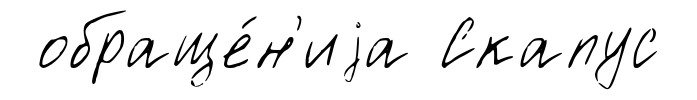
обраще́н'иjа Скапус